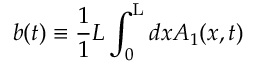
b ( t ) \equiv \frac { 1 } { 1 } { L } \int _ { 0 } ^ { \mathrm { L } } d x A _ { 1 } ( x , t )